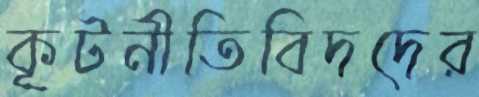
কূটনীতিবিদদের